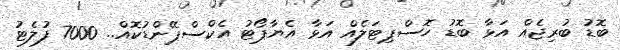
ބޮޑު ބުރިޖެއް އަޅާ ބޮޑު ހޮސްޕިޓަލެއް އަޅާ އެޔާޕޯޓު އެކްސްޕޭންޑުކޮއް.. 7000 ފުލެޓު